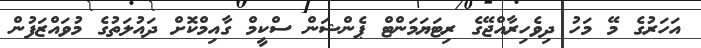
އަހަރުގެ މޭ މަހު ދިވެހިރާއްޖޭގެ ރިޓަޔަމަންޓް ޕެންޝަން ސްކީމް ގާއިމްކޮށް ދައުލަތުގެ މުވައްޒަފުން